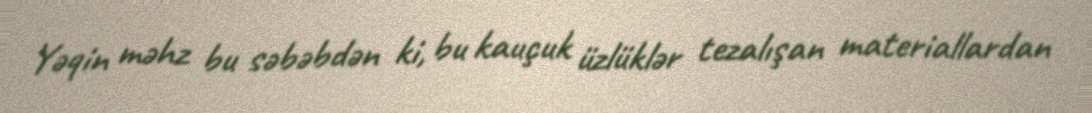
Yəqin məhz bu səbəbdən ki, bu kauçuk üzlüklər tezalışan materiallardan